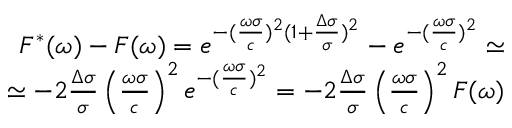
\begin{array} { r l r } & { } & { F ^ { * } ( \omega ) - F ( \omega ) = e ^ { - ( \frac { \omega \sigma } { c } ) ^ { 2 } ( 1 + \frac { \Delta \sigma } { \sigma } ) ^ { 2 } } - e ^ { - ( \frac { \omega \sigma } { c } ) ^ { 2 } } \simeq } \\ & { } & { \simeq - 2 \frac { \Delta \sigma } { \sigma } \left( \frac { \omega \sigma } { c } \right) ^ { 2 } e ^ { - ( \frac { \omega \sigma } { c } ) ^ { 2 } } = - 2 \frac { \Delta \sigma } { \sigma } \left( \frac { \omega \sigma } { c } \right) ^ { 2 } F ( \omega ) } \end{array}